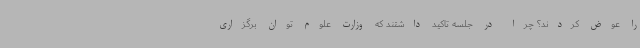
را عوض کردند؟ چرا در جلسه تاکید داشتند که وزارت علوم توان برگزاری